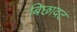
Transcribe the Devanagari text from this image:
बिछावट